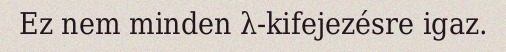
Ez nem minden λ-kifejezésre igaz.